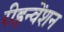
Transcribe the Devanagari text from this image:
रीइन्वेंशन